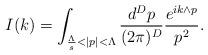
LaTeX: \begin{align*}I(k)=\int_{\frac{\Lambda}{s}<|p|<\Lambda}\frac{d^Dp}{(2\pi)^D}\frac{e^{ik\wedge p}}{p^2}.\end{align*}